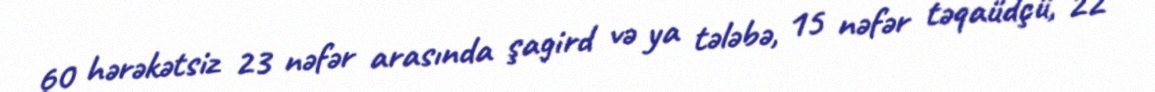
60 hərəkətsiz 23 nəfər arasında şagird və ya tələbə, 15 nəfər təqaüdçü, 22